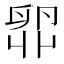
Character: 𫧼